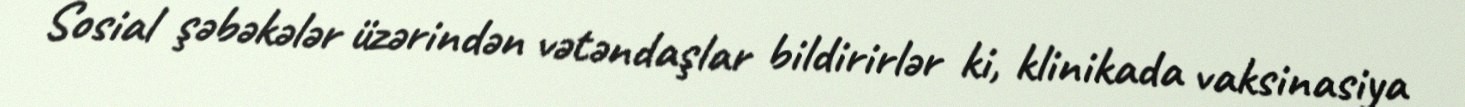
Sosial şəbəkələr üzərindən vətəndaşlar bildirirlər ki, klinikada vaksinasiya